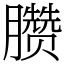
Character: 臜